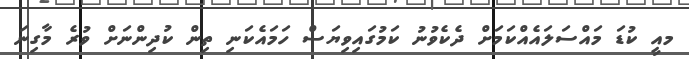
މއީ ކުޑަ މައްސަލައެއްކަމަށް ދެކެވުނު ކަމުގައިވިޔަސް ހަމައެކަނި ތިން ކުދިންނަށް ވުރެ މާގިނަ